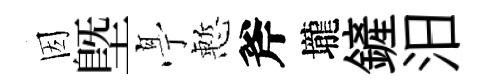
因塈𠅘慙斧壠鏟汨